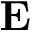
{ \bf E }